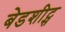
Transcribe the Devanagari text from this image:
बेडशीट्स